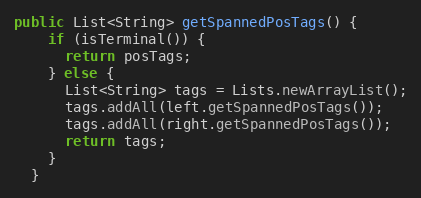
Language: Java
public List<String> getSpannedPosTags() {
    if (isTerminal()) {
      return posTags;
    } else {
      List<String> tags = Lists.newArrayList();
      tags.addAll(left.getSpannedPosTags());
      tags.addAll(right.getSpannedPosTags());
      return tags;
    }
  }